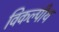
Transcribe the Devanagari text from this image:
विकल्पीय